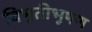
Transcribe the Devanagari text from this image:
विभूतीभूषण